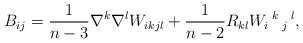
LaTeX: \begin{align*} B_{ij}=\frac{1}{n-3}\nabla^{k}\nabla^{l}W_{ikjl}+\frac{1}{n-2}R_{kl}W_{i}\,^{k}\,_{j}\,^{l},\end{align*}